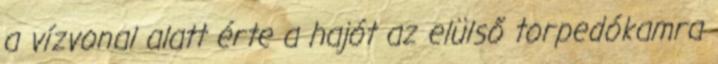
a vízvonal alatt érte a hajót az elülső torpedókamra